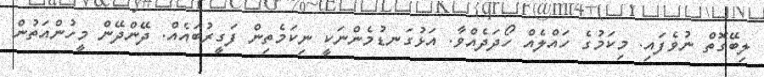
ލިބޭގޮތް ނުވެފައި. މިކަމުގެ ހައްލެއް ހޯދަދެއްވާ. އަޅުގަނޑުމެންނަކީ ނިކަމެތިން ފަގީރުބައެއް. ދޭންދޭން މީހުންއަތުން